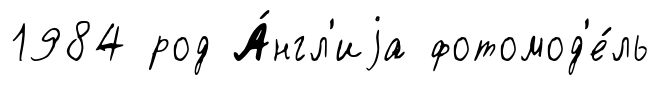
1984 род А́нгл'иjа фотомод'е́ль